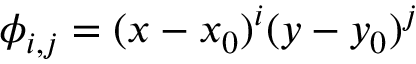
\phi _ { i , j } = ( x - x _ { 0 } ) ^ { i } ( y - y _ { 0 } ) ^ { j }